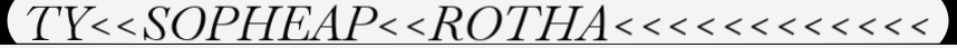
TY<<SOPHEAP<<ROTHA<<<<<<<<<<<<